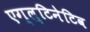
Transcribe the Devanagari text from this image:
एग्लुटिनेटिव